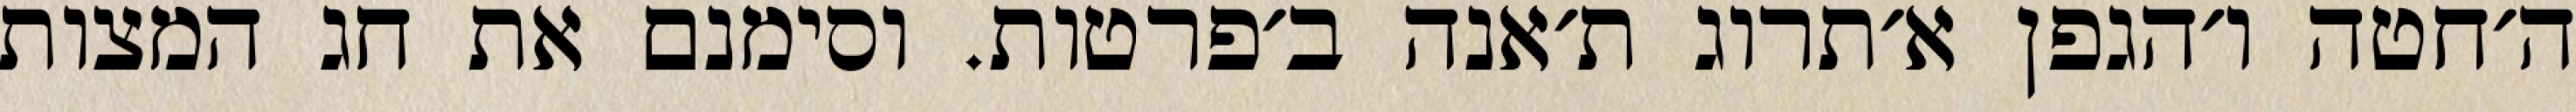
ה׳חטה ו׳הגפן א׳תרוג ת׳אנה ב׳פרטות. וסימנם את חג המצות